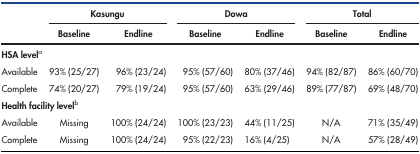
<table><thead><tr><td rowspan="2"></td><td colspan="2"><b>Kasungu</b></td><td colspan="2"><b>Dowa</b></td><td colspan="2"><b>Total</b></td></tr><tr><td><b>Baseline</b></td><td><b>Endline</b></td><td><b>Baseline</b></td><td><b>Endline</b></td><td><b>Baseline</b></td><td><b>Endline</b></td></tr></thead><tbody><tr><td colspan="7"><b>HSA level</b><sup>a</sup></td></tr><tr><td>Available</td><td>93% (25/27)</td><td>96% (23/24)</td><td>95% (57/60)</td><td>80% (37/46)</td><td>94% (82/87)</td><td>86% (60/70)</td></tr><tr><td>Complete</td><td>74% (20/27)</td><td>79% (19/24)</td><td>95% (57/60)</td><td>63% (29/46)</td><td>89% (77/87)</td><td>69% (48/70)</td></tr><tr><td colspan="7"><b>Health facility level</b><sup>b</sup></td></tr><tr><td>Available</td><td>Missing</td><td>100% (24/24)</td><td>100% (23/23)</td><td>44% (11/25)</td><td>N/A</td><td>71% (35/49)</td></tr><tr><td>Complete</td><td>Missing</td><td>100% (24/24)</td><td>95% (22/23)</td><td>16% (4/25)</td><td>N/A</td><td>57% (28/49)</td></tr></tbody></table>